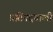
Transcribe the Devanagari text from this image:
प्रतिपदवाली